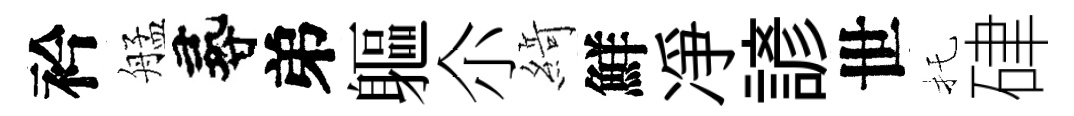
衿艋尋弟軀尒𦂶鮮凈諺世托硉